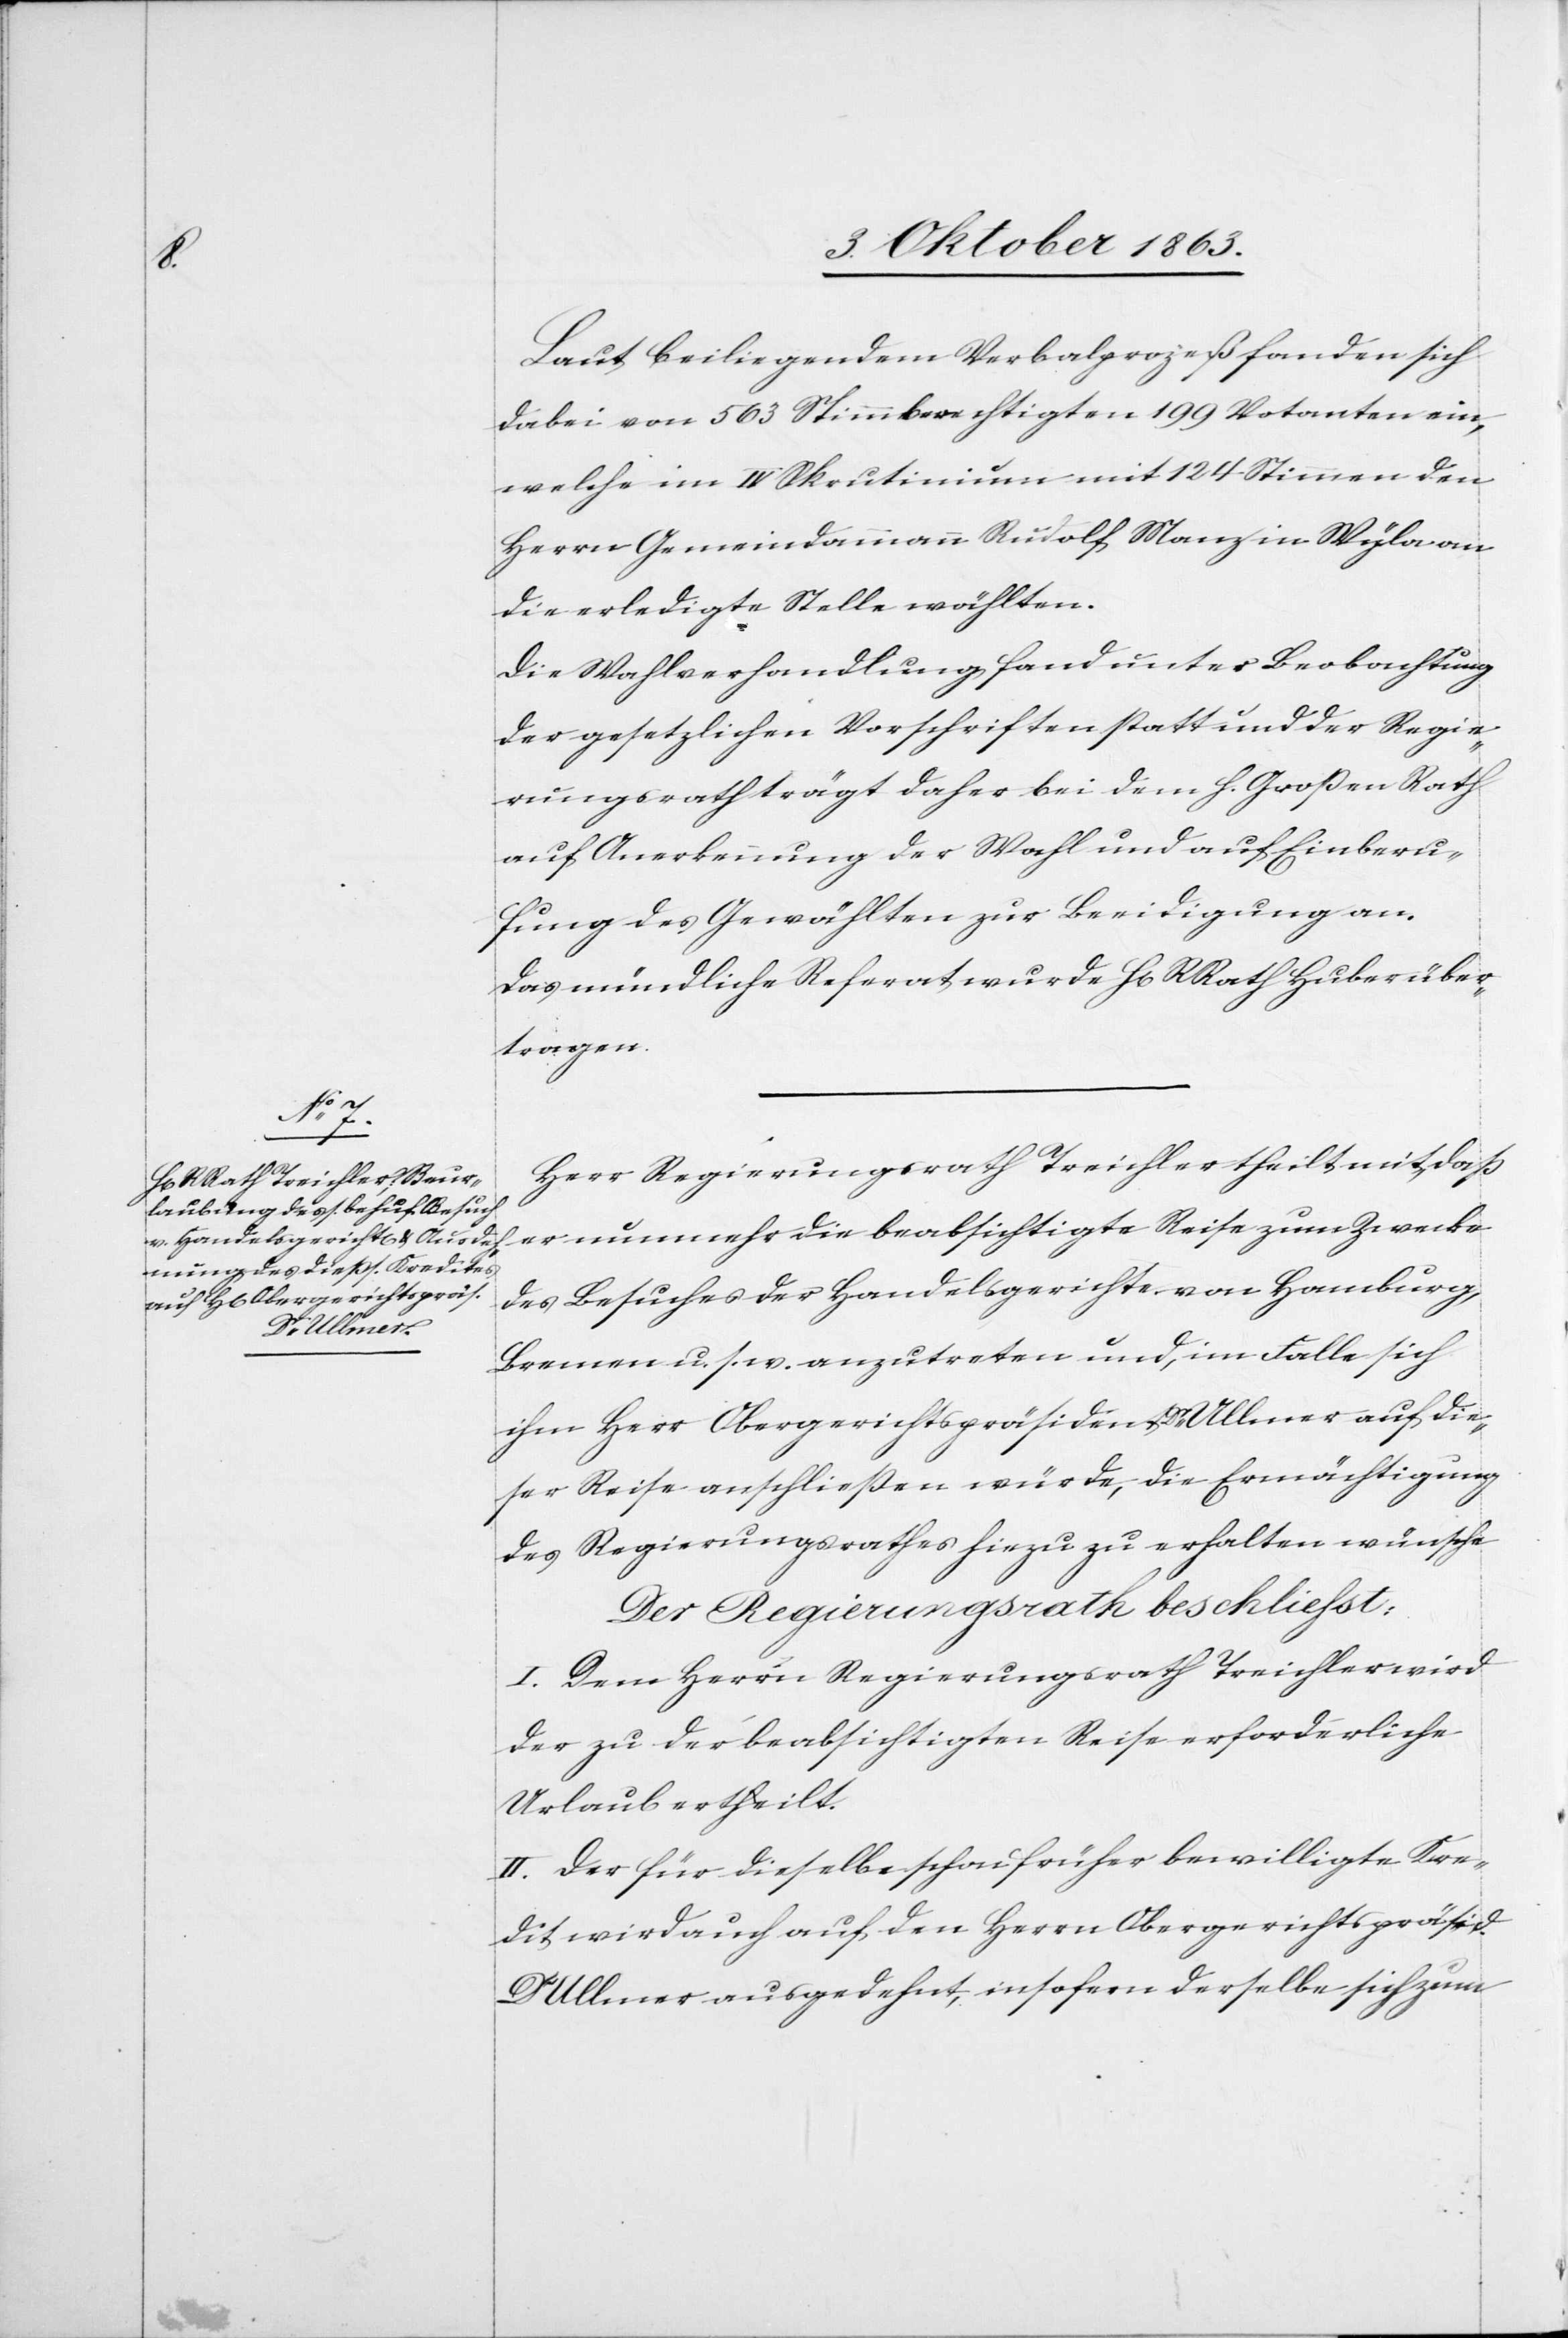
Laut beiliegendem Verbalprozeß fanden sich
dabei von 563 Stimmberechtigten 199 Votanten ein,
welche im IV Skrutinium mit 124 Stimmen den
Herrn Gemeindammann Rudolf Manz in Wyla an
die erledigte Stelle wählten.
Die Wahlverhandlung fand unter Beobachtung
der gesetzlichen Vorschriften statt und der Regie¬
rungsrath trägt daher bei dem h. Großen Rath
auf Anerkennung der Wahl und auf Einberu¬
fung des Gewählten zur Beeidigung an.
Das mündliche Referat wurde H[errn] RRath Huber über¬
tragen.
Herr Regierungsrath Treichler theilt mit, daß
er nunmehr die beabsichtigte Reise zum Zwecke
des Besuches der Handelsgerichte von Hamburg,
Bremen u. s. w. anzutreten und, im Falle sich
ihm Herr Obergerichtspräsident Dr Ullmer auf die¬
ser Reise anschließen würde, die Ermächtigung
des Regierungsrathes hiezu erhalten wünsche.
Der Regierungsrath beschliesst:
I. Dem Herrn Regierungsrath Treichler wird
der zu der beabsichtigten Reise erforderliche
Urlaub ertheilt.
II. Der für dieselbe schon früher bewilligte Kre¬
dit wird auch auf den Herrn Obergerichtspräsid.
Dr Ullmer ausgedehnt, insofern derselbe sich zum